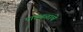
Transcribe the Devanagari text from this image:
पाठबळाचे